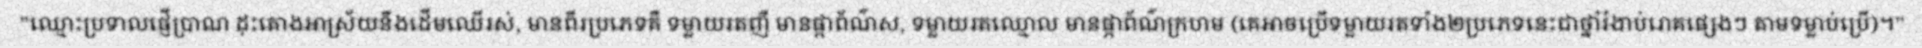
"ឈ្មោះប្រទាលផ្ញើប្រាណ ដុះតោងអាស្រ័យនឹងដើមឈើរស់, មានពីរប្រភេទគឺ ទម្លាយរតញី មានផ្កាព័ណ៌ស, ទម្លាយរតឈ្មោល មានផ្កាព័ណ៌ក្រហម (គេអាចប្រើទម្លាយរតទាំង២ប្រភេទនេះជាថ្នាំរំងាប់រោគផ្សេងៗ តាមទម្លាប់ប្រើ)។"